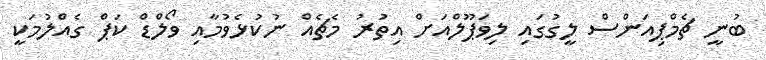
ބުނީ ޗެމްޕިއަންސް ލީގުގައި ލިވަޕޫލްއަށް އިތުރު މެޗެއް ނުކުޅެވުމާއި ވޯލްޑް ކަޕް ގެއްލުމަކީ